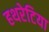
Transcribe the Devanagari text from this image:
हथरेटिया